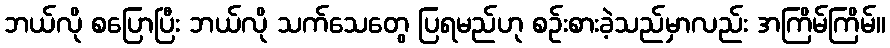
ဘယ်လို စပြောပြီး ဘယ်လို သက်သေတွေ ပြရမည်ဟု စဉ်းစားခဲ့သည်မှာလည်း အကြိမ်ကြိမ်။